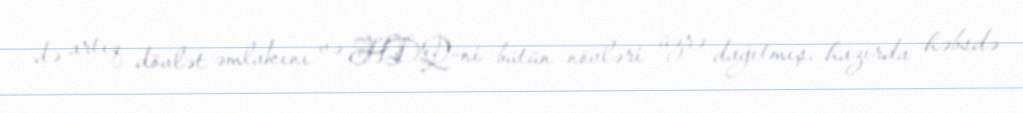
də artıq dövlət əmlakını və HDQ-ni bütün növləri üzrə dağıtmış, hazırda həbsdə